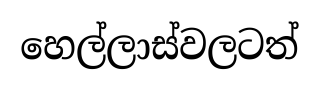
හෙල්ලාස්වලටත්